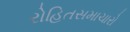
રોહિતસમાચારો